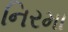
નિરમા